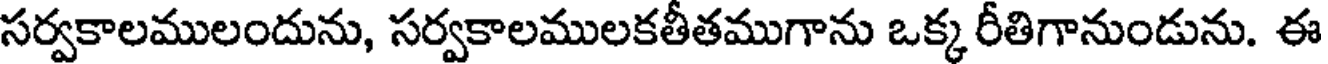
సర్వకాలములందును, సర్వకాలములకతీతముగాను ఒక్క రీతిగానుండును. ఈ